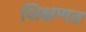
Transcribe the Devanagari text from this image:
शिक्षणत